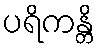
ပရိကန္တိ